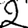
Digit: 2